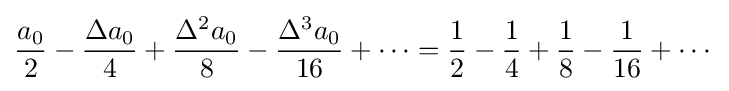
{\frac {a_{0}}{2}}-{\frac {\Delta a_{0}}{4}}+{\frac {\Delta ^{2}a_{0}}{8}}-{\frac {\Delta ^{3}a_{0}}{16}}+\cdots ={\frac {1}{2}}-{\frac {1}{4}}+{\frac {1}{8}}-{\frac {1}{16}}+\cdots